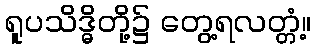
ရူပသိဒ္ဓိတို့၌ တွေ့ရလတ္တံ့။